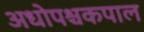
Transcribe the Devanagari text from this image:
अधोपश्चकपाल